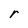
Character: r